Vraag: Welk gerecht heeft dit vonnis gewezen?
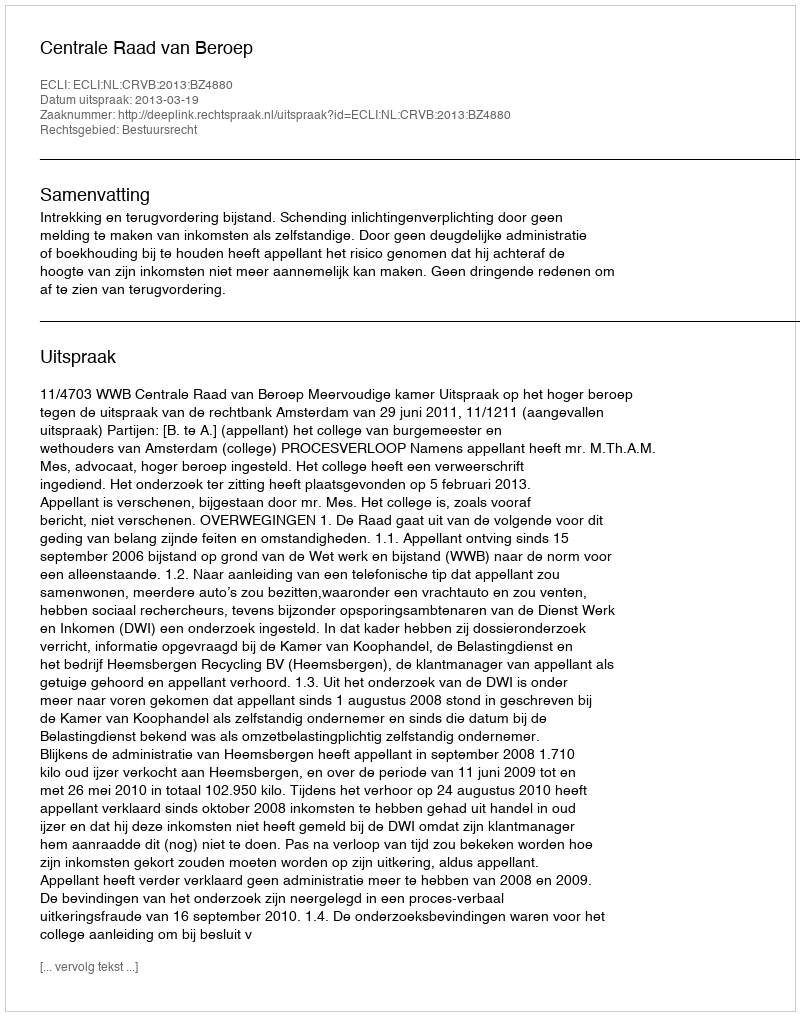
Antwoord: Centrale Raad van Beroep